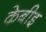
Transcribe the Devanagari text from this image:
केबीइ